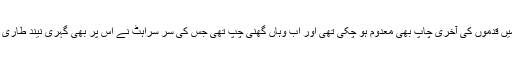
یہ وہ وقت تھا جب گلی میں قدموں کی آخری چاپ بھی معدوم ہو چکی تھی اور اب وہاں گھنی چپ تھی جس کی سر سراہٹ نے اس پر بھی گہری نیند طاری کرنا شروع کر دی تھی۔